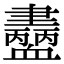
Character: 𧗚